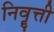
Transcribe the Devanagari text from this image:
निवॄत्ती